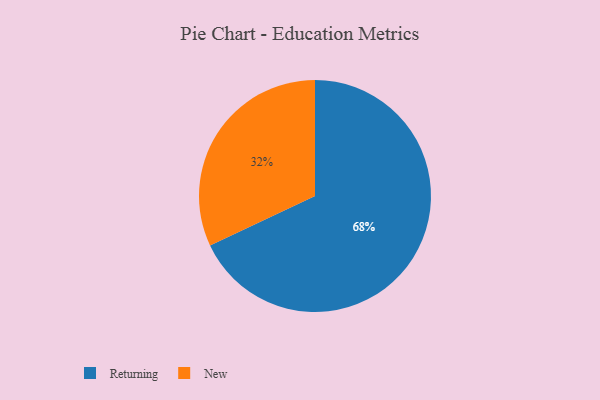
{"axis": {"x": "Category", "y": "Percentage"}, "legend": ["New", "Returning"], "data": [{"x": "New", "y": 32, "type": "New"}, {"x": "Returning", "y": 68, "type": "Returning"}]}